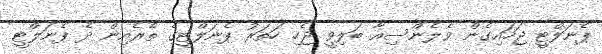
ޕެނަލްޓީ ޖަހައިގެން ވެލެންސިއާ ބަލިވީ ޖެހި ހަތަރު ޕެނަލްޓީގެ ތެރެއިން ދެ ޕެނަލްޓީ